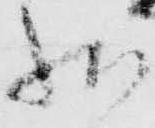
状